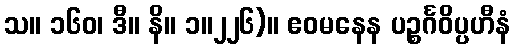
သ။ ၁၆၀၊ ဒီ။ နိ။ ၁။၂၂၆)။ ဧဝမနေန ပဉ္စင်္ဂဝိပ္ပဟီနံ